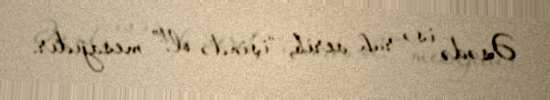
Əsədə isə ruh verib, “işində ol!” mesajıdır.